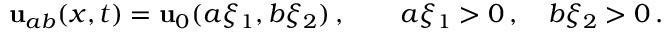
\begin{array} { r } { { \mathbf { u } } _ { a b } ( x , t ) = { \mathbf { u } } _ { 0 } ( a \xi _ { 1 } , b \xi _ { 2 } ) \, , \qquad a \xi _ { 1 } > 0 \, , \quad b \xi _ { 2 } > 0 \, . } \end{array}